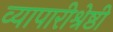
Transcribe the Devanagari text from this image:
व्यापारीश्रेष्ठी